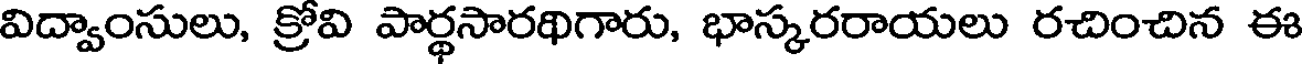
విద్వాంసులు, క్రోవి పార్థసారథిగారు, భాస్కరరాయలు రచించిన ఈ